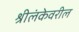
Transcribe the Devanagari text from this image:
श्रीलंकेवरील